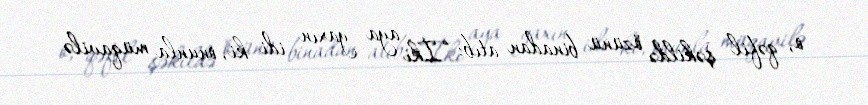
o, qəfil şəkildə özünü binadan atıb: “İki aya yaxın idi ki, onunla müqavilə